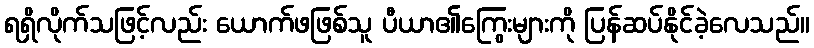
ရရှိလိုက်သဖြင့်လည်း ယောက်ဖဖြစ်သူ ပီယာ၏ကြွေးများကို ပြန်ဆပ်နိုင်ခဲ့လေသည်။